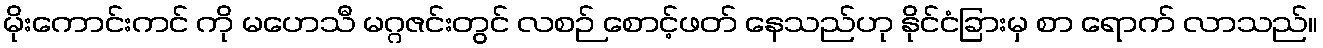
မိုးကောင်းကင် ကို မဟေသီ မဂ္ဂဇင်းတွင် လစဉ် စောင့်ဖတ် နေသည်ဟု နိုင်ငံခြားမှ စာ ရောက် လာသည်။